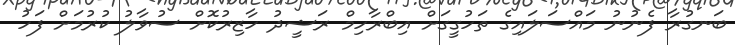
ބަނގުރާ ފެނުނު މައްސަލައިގެ ތަހުގީގަށް އިބްރާހިމް ރަޝީދު ހާޒިރުކޮށް ސުވާލު ކުރުމަށް ފަހު